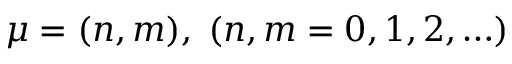
\mu = ( n , m ) , \; ( n , m = 0 , 1 , 2 , \ldots )